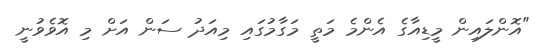
"އޮންލައިން މީޑިއާގެ އެންމެ މަތީ މަގާމުގައި މިއަދު ސަން އަށް މި އޮވެވުނީ